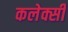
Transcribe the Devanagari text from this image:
कलेक्सी